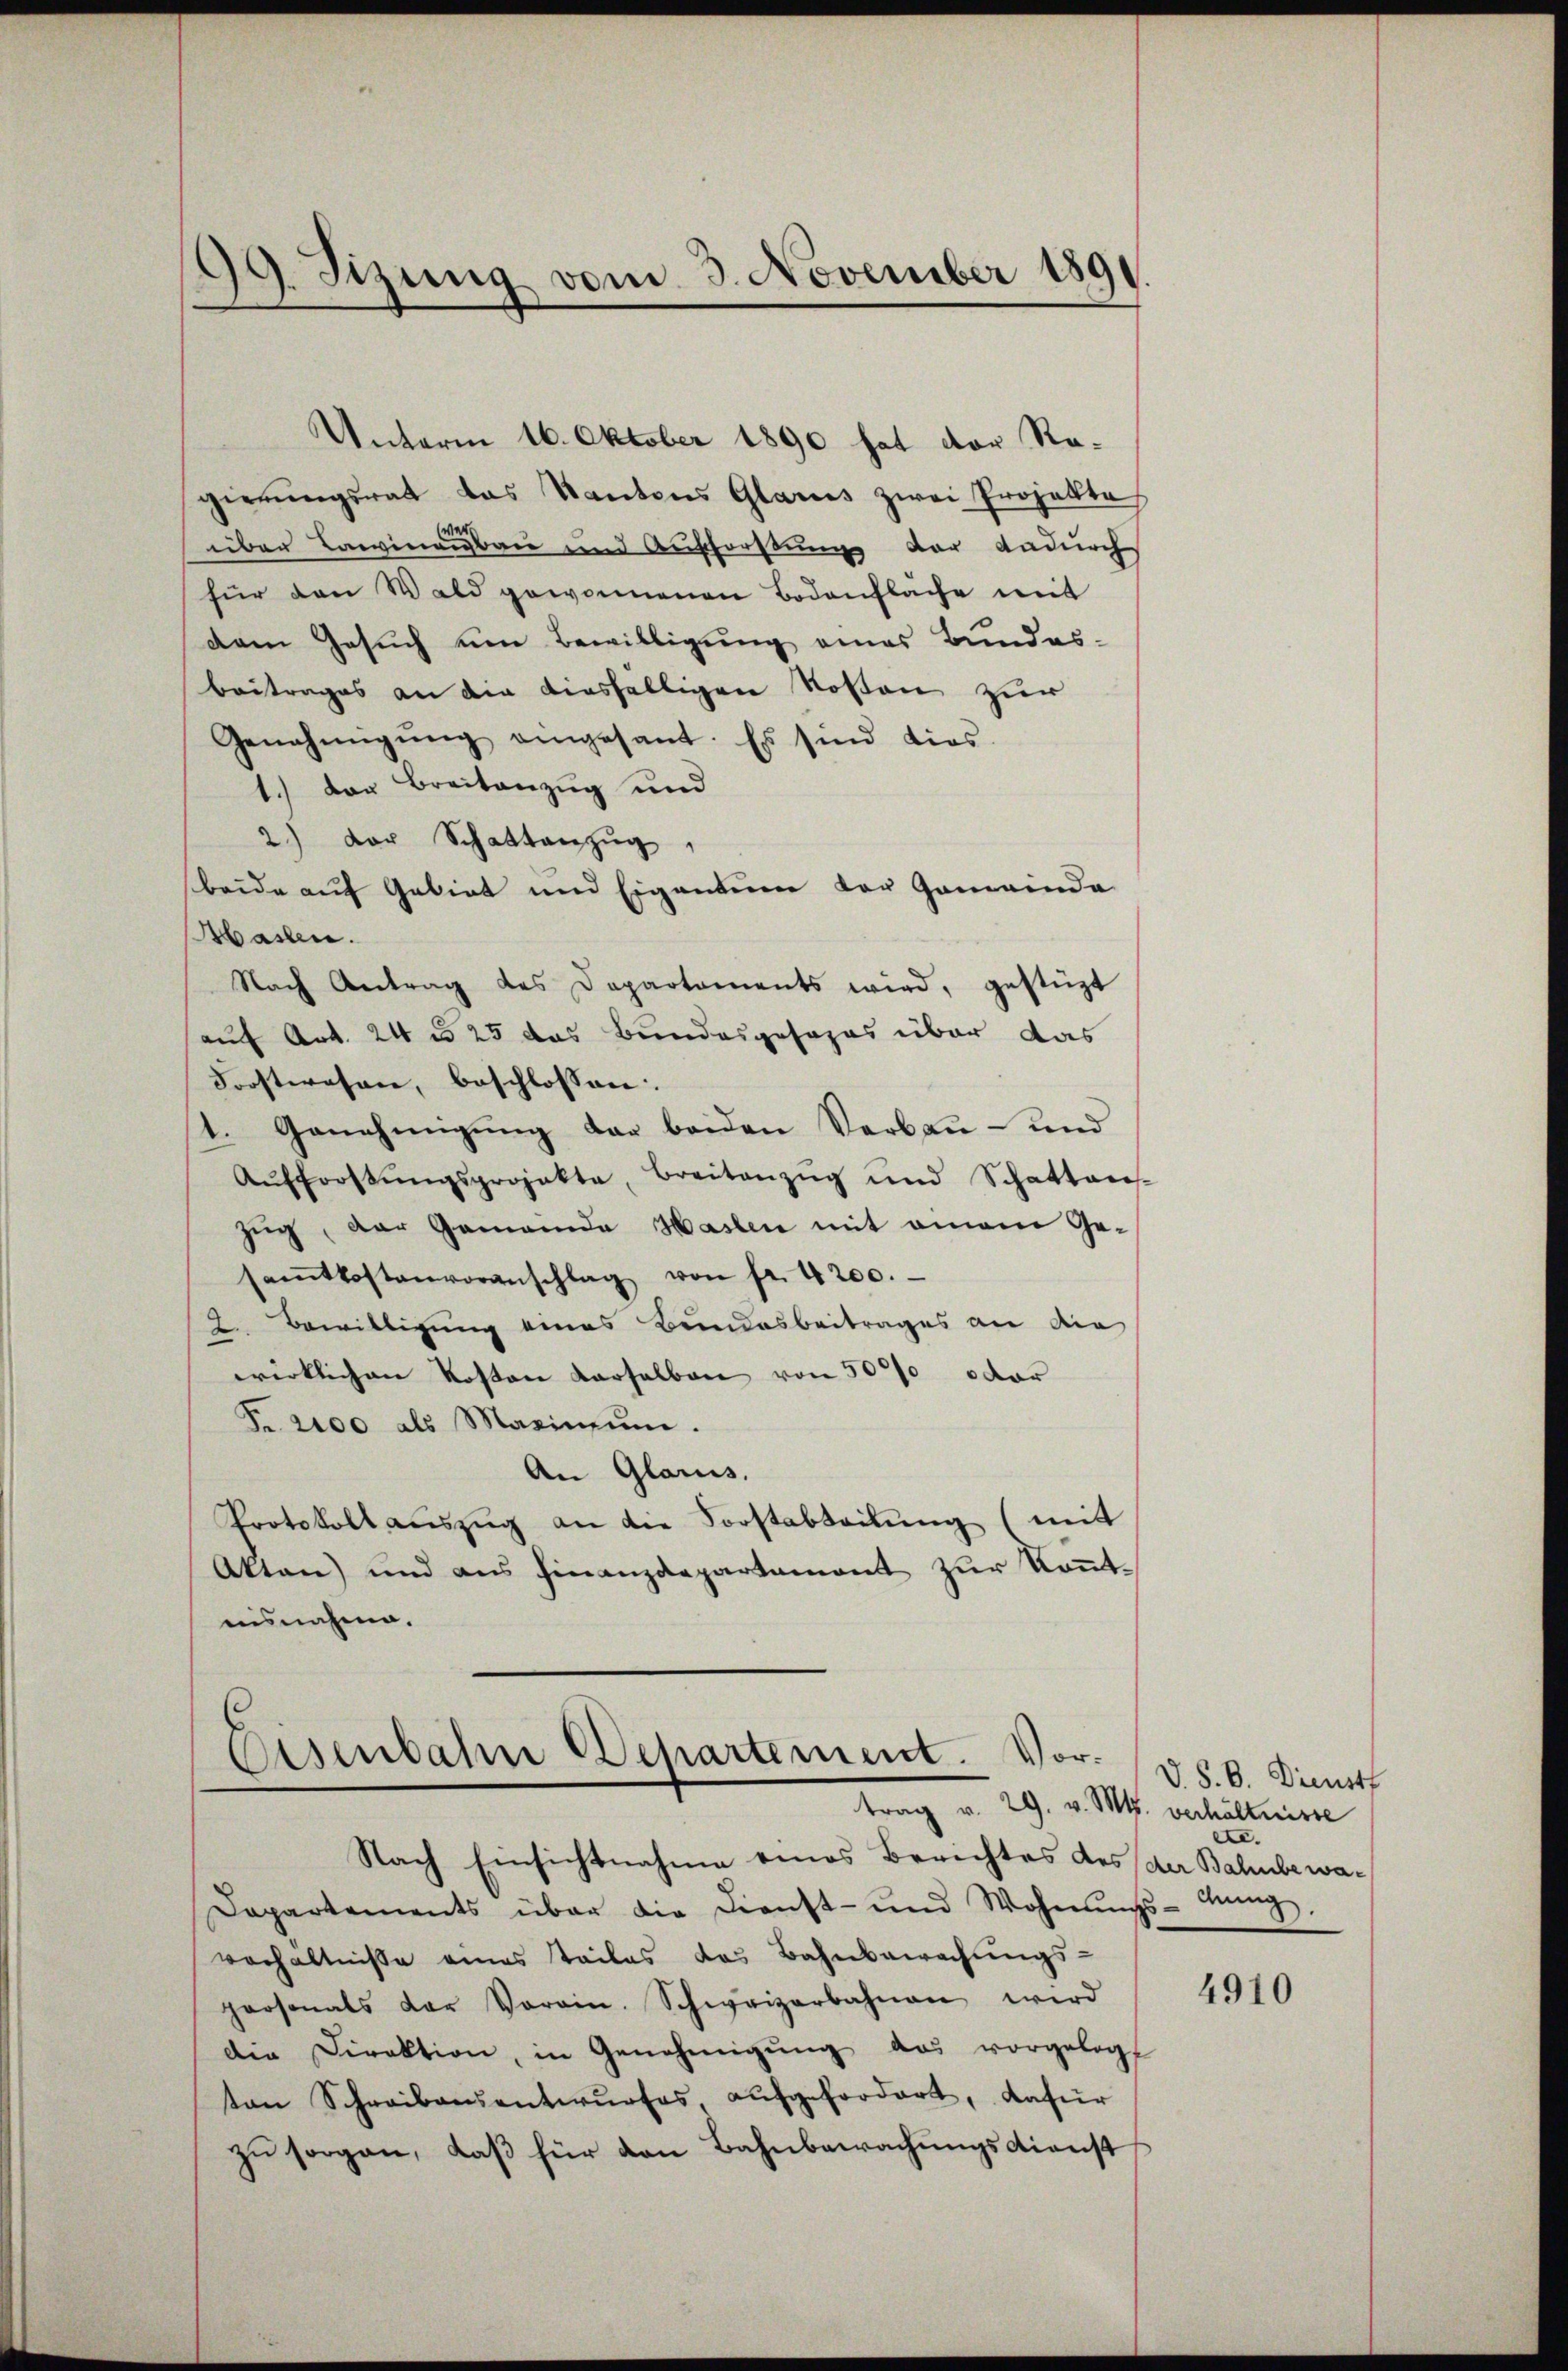
99. Sizung vom 3. November 1891.

Unterm 16. Oktober 1890 hat der Regierŭngsrat das Kantons Glarus zwei Projekte
über Lawinenbau und Aufforstungs der andurch
für den Wald gewonnenen Bodenfläche mit
dem Gesuch um Bewilligung eines Bundes-
Beitrages an die diesfälligen Kosten zur
Genehmigŭng eingesant. Es sind dies-
1.) Der Breitanzug und
2.) Der Schattanzŭg
beide auf Gebiet und Eigentum der Gemeinde
Massen.
Nach Antrag des Departements wird, gestüzt
(auf Art. 24 n 25 das Bundesgesezes über das
Forstwesen, beschlossen:
1. Genehmigung der beiden Verbau- und
Aŭfforstŭngsprojekte, Breitanzŭg und Schattens-
zug, der Gemanda Haslen mit einem Ge-
samtkostenvoranschlag von fr. 4200.
2 Bewilligung eines Bundesbeitrages an die
wirklichen Kosten Karselben von 5000 oder
Fr. 2400 als Maximŭm.
An Glarus.
Protokoll auszug an die Forstabteilung (mit
Akten) und ans Finanzdepartament zŭr Kant-
aisnahme.

Eisenbahn Departement. Vortrag v. 29. v. Mts. verhältnisse
Nach Einsichtnahme eines Berichtes des der Bahnbewa¬

Dapartements über die Dienst- und Wohnŭngs-Aung,
verhältniße eines Teiles das Bahnbewachungs-
personals der Vorain. Schweizerbahnen wird
die Direktion, in Genehmigŭng das vorgelegt
ten Schreibensentwŭrfes, aŭfgefordert, dafür
zu sorgen, daß für den Bahnbewachungsdienst

V. S. B. Dienstf
e

4910